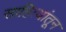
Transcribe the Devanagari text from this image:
साहित्यांतून